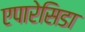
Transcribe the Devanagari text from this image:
एपारेसिडा